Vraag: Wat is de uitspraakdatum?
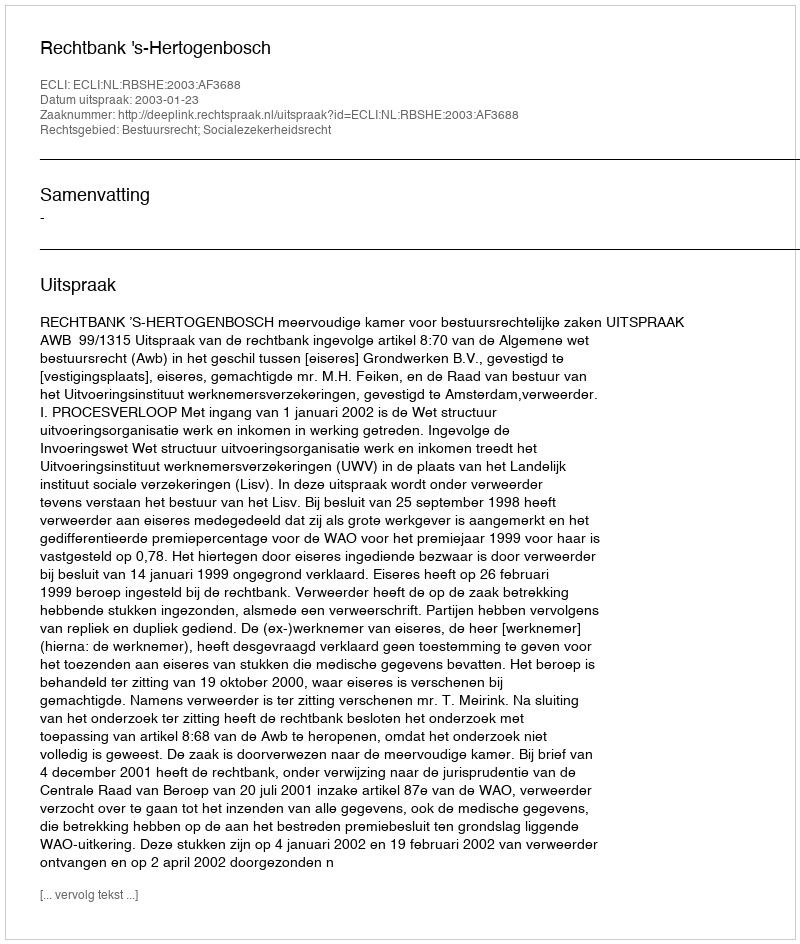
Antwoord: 2003-01-23